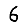
Digit: 6